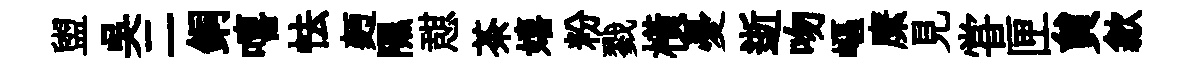
盥吴二銅嘻怯麪隰憇茶嬉粉戮橫憂逝吻嶇縻見甞匣貟歙